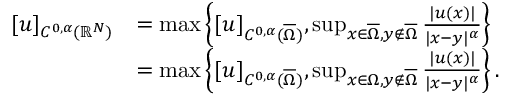
\begin{array} { r l } { [ u ] _ { C ^ { 0 , \alpha } ( \mathbb { R } ^ { N } ) } } & { = \operatorname* { m a x } \left\{ [ u ] _ { C ^ { 0 , \alpha } ( \overline { \Omega } ) } , \operatorname* { s u p } _ { x \in \overline { { \Omega } } , y \notin \overline { { \Omega } } } \frac { | u ( x ) | } { | x - y | ^ { \alpha } } \right\} } \\ & { = \operatorname* { m a x } \left\{ [ u ] _ { C ^ { 0 , \alpha } ( \overline { \Omega } ) } , \operatorname* { s u p } _ { x \in \Omega , y \notin \overline { { \Omega } } } \frac { | u ( x ) | } { | x - y | ^ { \alpha } } \right\} . } \end{array}